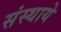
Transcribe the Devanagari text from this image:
संस्थाये